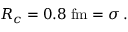
R _ { c } = 0 . 8 \; \mathrm { f m } = \sigma \, .